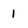
Character: 1